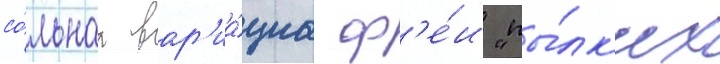
со́льнаа вар'иа́циа ф'е́и "пы́лк'их